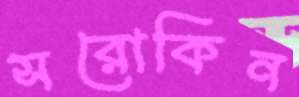
সরোকিন